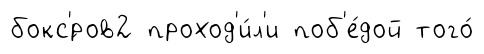
бокс'́ров2 проход'и́л'и поб'е́дой того́